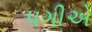
પગીએ